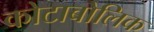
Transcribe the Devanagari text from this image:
कोटाबोलिक